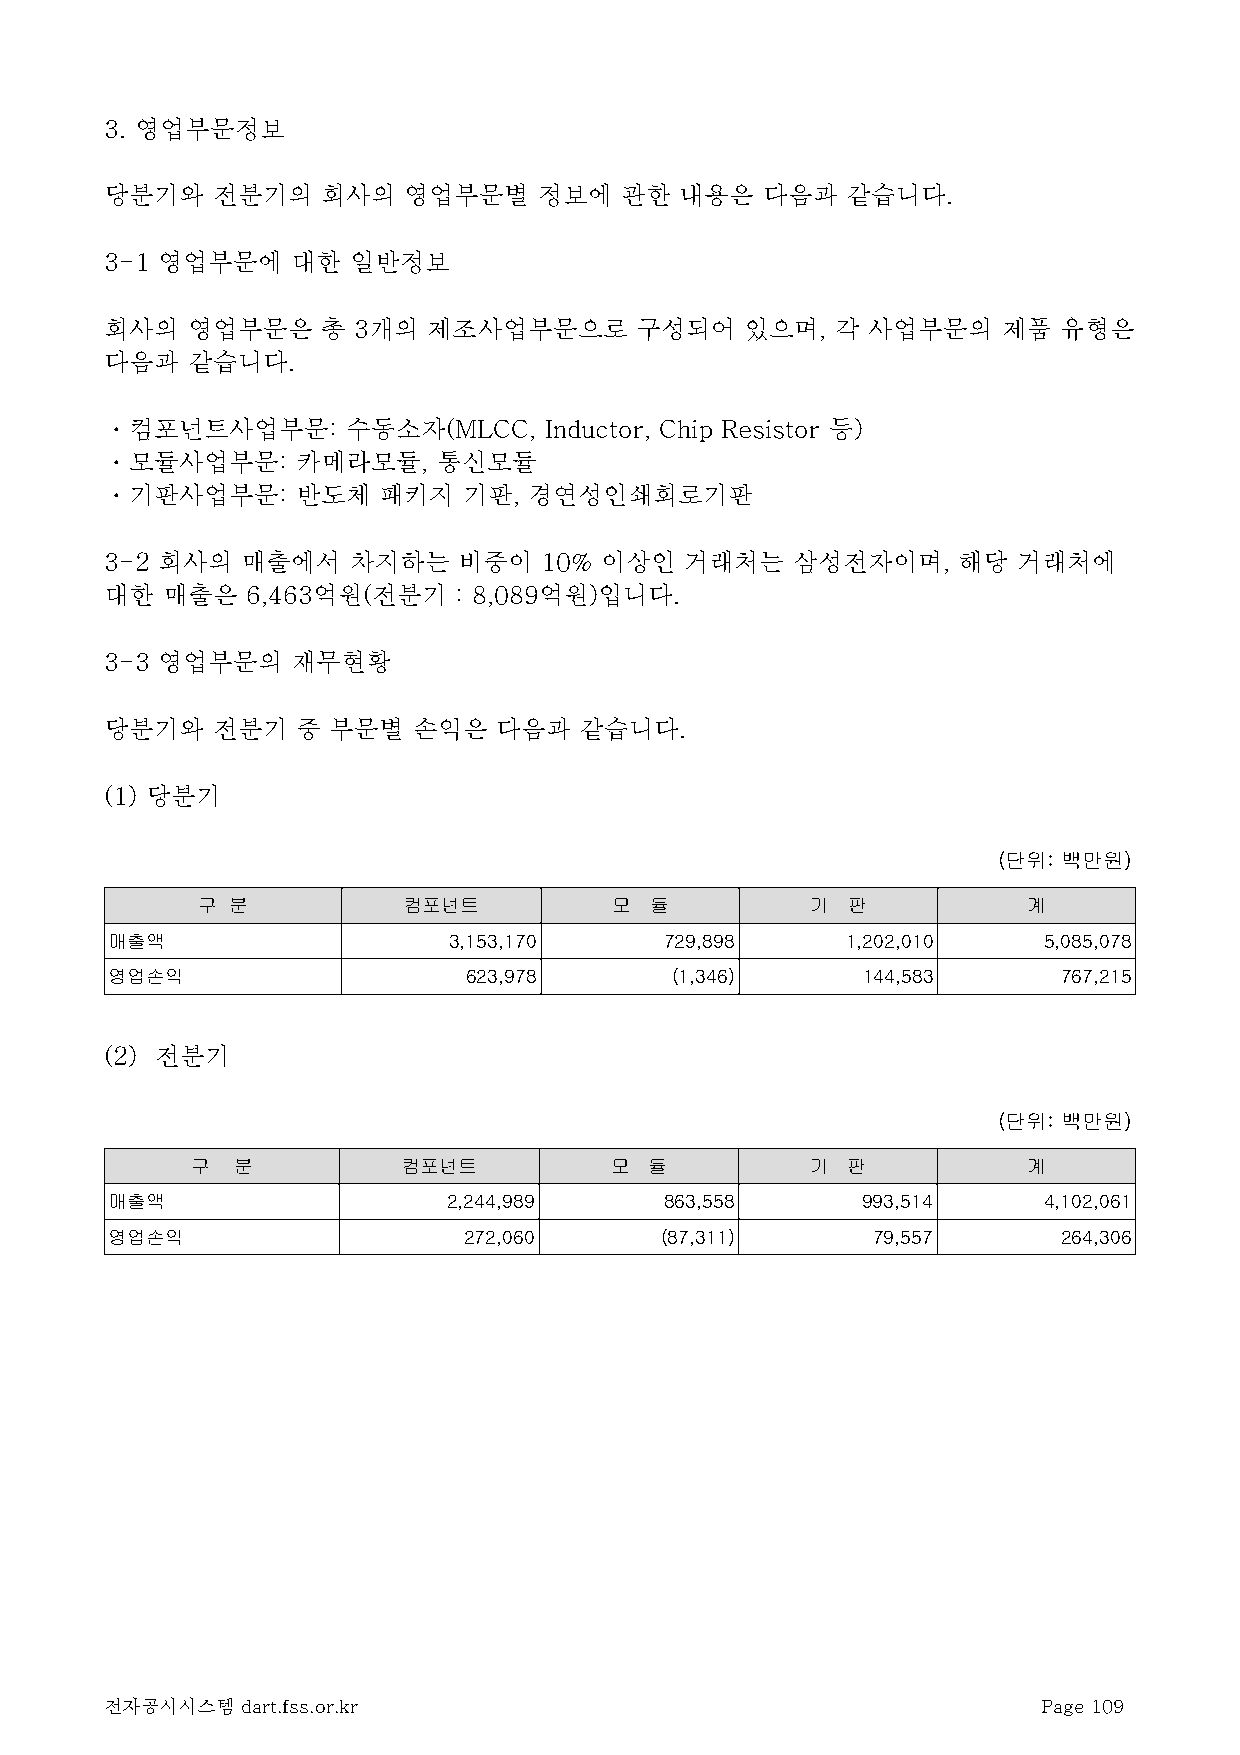
3. 영업부문정보
 당분기와   전분기의   회사의   영업부문별    정보에  관한  내용은  다음과   같습니다.
 3-1 영업부문에   대한  일반정보
 회사의  영업부문은    총 3개의  제조사업부문으로      구성되어   있으며,  각 사업부문의    제품  유형은
 다음과  같습니다.
 ㆍ컴포넌트사업부문:      수동소자(MLCC,   Inductor, Chip Resistor 등)
 ㆍ모듈사업부문:     카메라모듈,   통신모듈
 ㆍ기판사업부문:     반도체  패키지   기판, 경연성인쇄회로기판
 3-2 회사의  매출에서   차지하는   비중이   10% 이상인  거래처는   삼성전자이며,    해당  거래처에
 대한  매출은  6,463억원(전분기   : 8,089억원)입니다.
 3-3 영업부문의   재무현황
 당분기와   전분기   중 부문별  손익은   다음과  같습니다.
 (1) 당분기
 (단위: 백만원)
 구 분           컴포넌트          모 듈          기 판           계
 매출액                    3,153,170     729,898     1,202,010    5,085,078
 영업손익                    623,978      (1,346)      144,583      767,215
 (2) 전분기
 (단위: 백만원)
 구  분          컴포넌트         모  듈          기 판           계
 매출액                    2,244,989     863,558      993,514     4,102,061
 영업손익                    272,060      (87,311)      79,557      264,306
 전자공시시스템  dart.fss.or.kr                                       Page 109